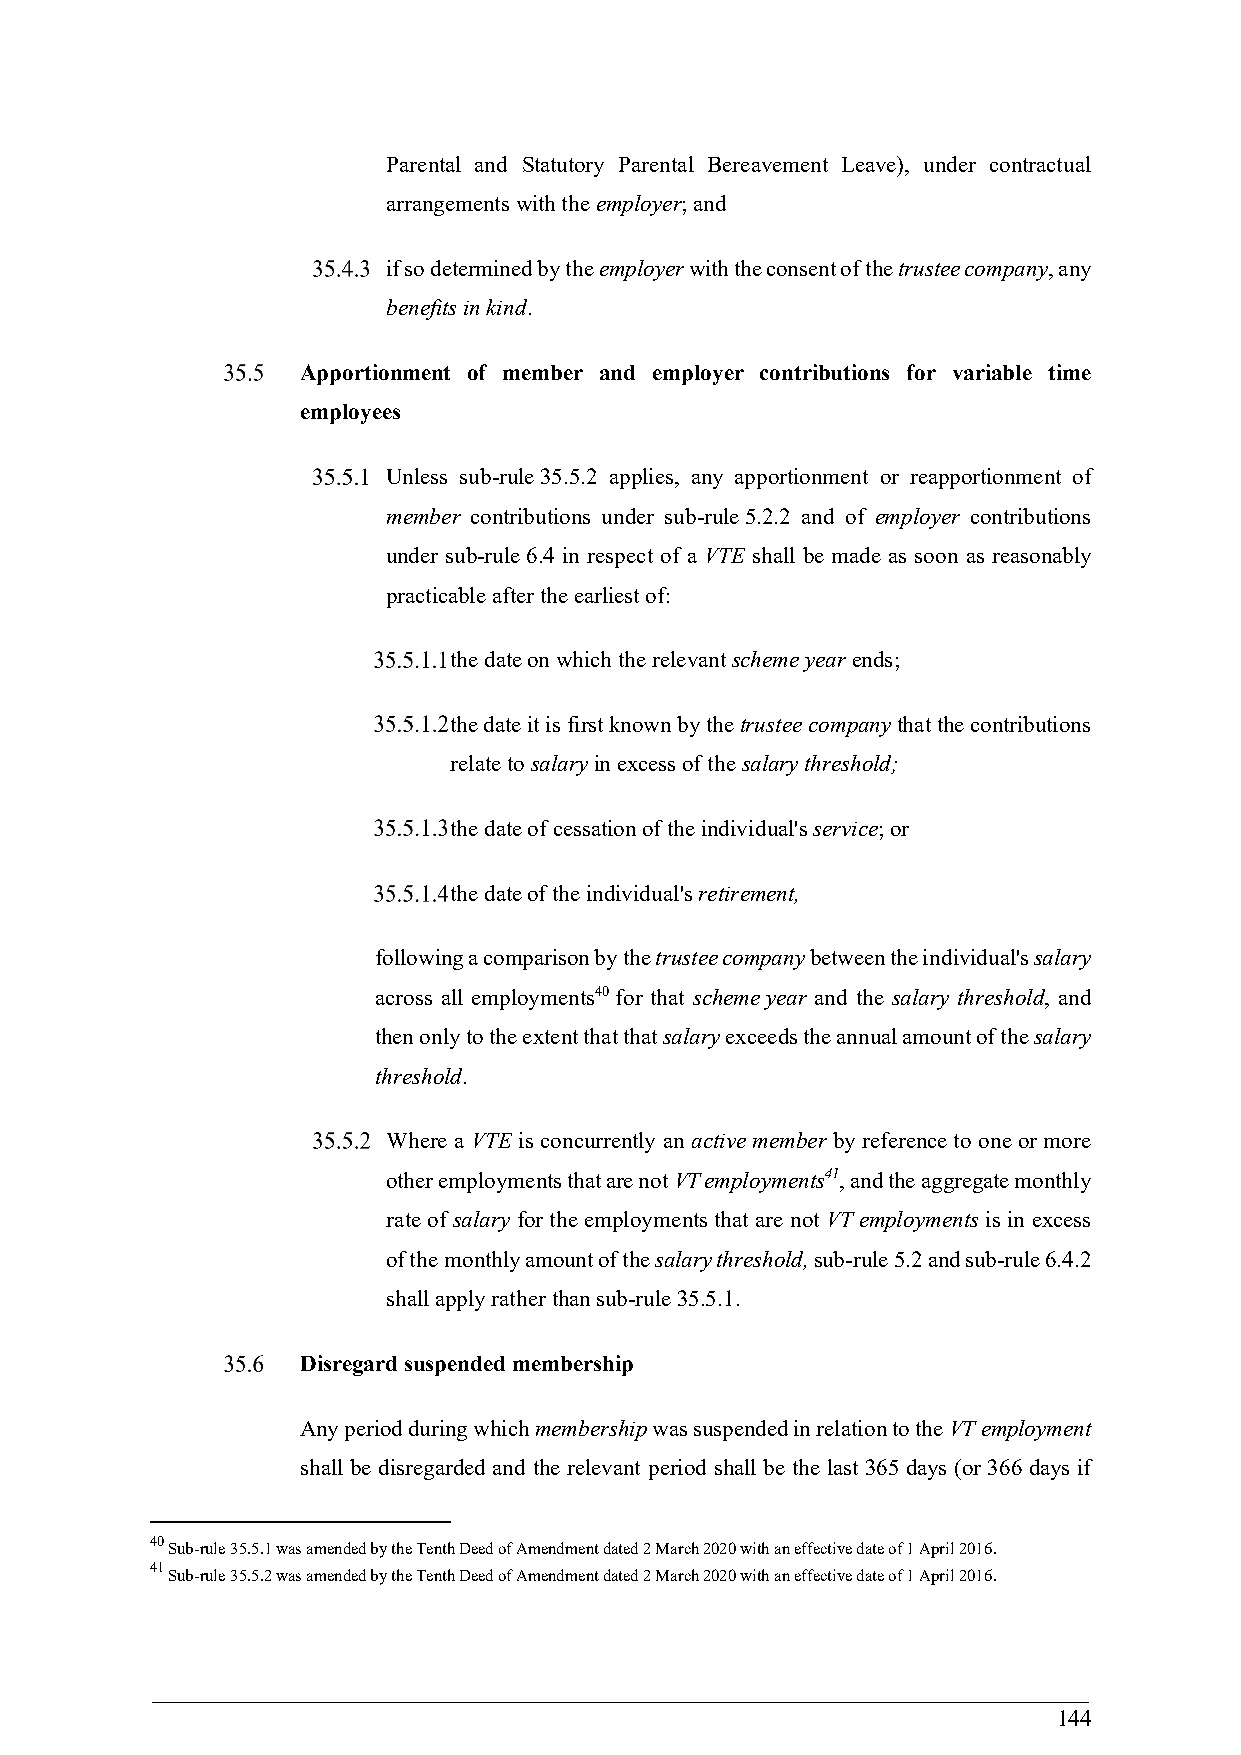
Parental and Statutory Parental Bereavement Leave), under contractual
 arrangements with the employer; and
 if so determined by the employer with the consent of the trustee company, any
 benefits in kind.
 Apportionment of member and employer contributions for variable time
 employees
 Unless sub-rule 35.5.2 applies, any apportionment or reapportionment of
 member contributions under sub-rule 5.2.2 and of employer contributions
 under sub-rule 6.4 in respect of a VTE shall be made as soon as reasonably
 practicable after the earliest of:
 the date on which the relevant scheme year ends;
 the date it is first known by the trustee company that the contributions
 relate to salary in excess of the salary threshold;
 the date of cessation of the individual's service; or
 the date of the individual's retirement,
 following a comparison by the trustee company between the individual's salary
 across all employments40 for that scheme year and the salary threshold, and
 then only to the extent that that salary exceeds the annual amount of the salary
 threshold.
 Where a VTE is concurrently an active member by reference to one or more
 other employments that are not VT employments41, and the aggregate monthly
 rate of salary for the employments that are not VT employments is in excess
 of the monthly amount of the salary threshold, sub-rule 5.2 and sub-rule 6.4.2
 shall apply rather than sub-rule 35.5.1.
 Disregard suspended membership
 Any period during which membership was suspended in relation to the VT employment
 shall be disregarded and the relevant period shall be the last 365 days (or 366 days if
 40
 Sub-rule 35.5.1 was amended by the Tenth Deed of Amendment dated 2 March 2020 with an effective date of 1 April 2016.
 41
 Sub-rule 35.5.2 was amended by the Tenth Deed of Amendment dated 2 March 2020 with an effective date of 1 April 2016.
 144